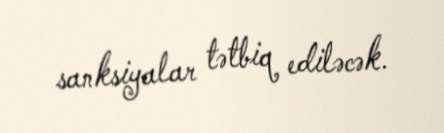
sanksiyalar tətbiq ediləcək.